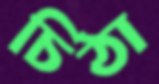
চিঠা